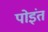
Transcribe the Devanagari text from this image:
पोइंत